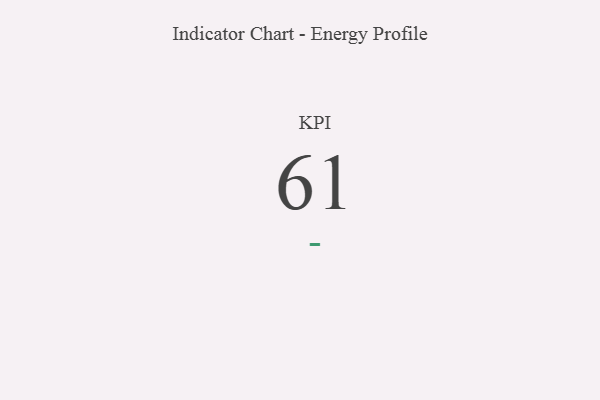
{"axis": {"x": "KPI", "y": "Value"}, "legend": [""], "data": [{"x": "KPI", "y": 61, "type": ""}]}